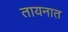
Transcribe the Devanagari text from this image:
तायनात